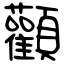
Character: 顴